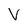
Character: V